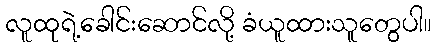
လူထုရဲ့ခေါင်းဆောင်လို့ ခံယူထားသူတွေပါ။